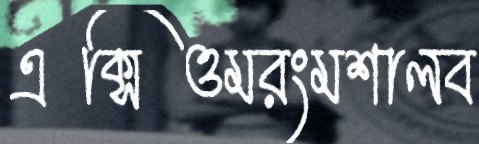
এক্সিওমরংমশালব